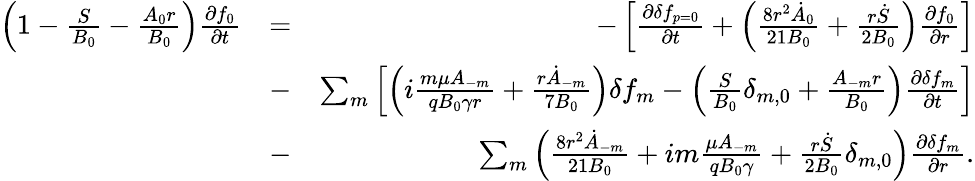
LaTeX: \begin{array}{rlr}{\left(1-\frac{S}{B_{0}}-\frac{A_{0}r}{B_{0}}\right)\frac{\partial f_{0}}{\partial t}}&{=}&{-\left[\frac{\partial\delta f_{p=0}}{\partial t}+\left(\frac{8r^{2}\dot{A}_{0}}{21B_{0}}+\frac{r\dot{S}}{2B_{0}}\right)\frac{\partial f_{0}}{\partial r}\right]}\\ &{-}&{\sum_{m}\left[\left(i\frac{m\mu A_{-m}}{qB_{0}\gamma r}+\frac{r\dot{A}_{-m}}{7B_{0}}\right)\delta f_{m}-\left(\frac{S}{B_{0}}\delta_{m,0}+\frac{A_{-m}r}{B_{0}}\right)\frac{\partial\delta f_{m}}{\partial t}\right]}\\ &{-}&{\sum_{m}\left(\frac{8r^{2}\dot{A}_{-m}}{21B_{0}}+im\frac{\mu A_{-m}}{qB_{0}\gamma}+\frac{r\dot{S}}{2B_{0}}\delta_{m,0}\right)\frac{\partial\delta f_{m}}{\partial r}.}\end{array}